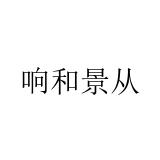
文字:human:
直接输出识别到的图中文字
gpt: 响和景从